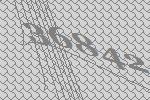
36842